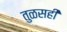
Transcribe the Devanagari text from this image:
तुळसही